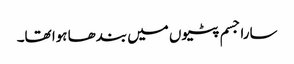
سارا جسم پٹیوں میں بندھا ہوا تھا۔